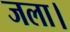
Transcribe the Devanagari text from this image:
जला।